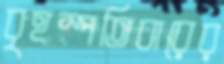
বৃহস্পতিবারের